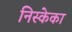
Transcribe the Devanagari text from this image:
निस्केका